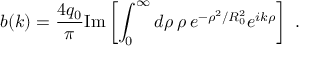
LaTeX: b ( k ) = { \frac { 4 q _ { 0 } } { \pi } } \mathrm { I m } \left[ \int _ { 0 } ^ { \infty } d \rho \: \rho \, e ^ { - \rho ^ { 2 } / R _ { 0 } ^ { 2 } } e ^ { i k \rho } \right] ~ .